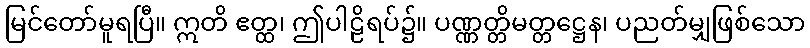
မြင်တော်မူရပြီ။ ဣတိ ဧတ္ထ၊ ဤပါဠိရပ်၌။ ပဏ္ဏတ္တိမတ္တဋ္ဌေန၊ ပညတ်မျှဖြစ်သော